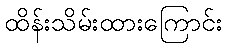
ထိန်းသိမ်းထားကြောင်း